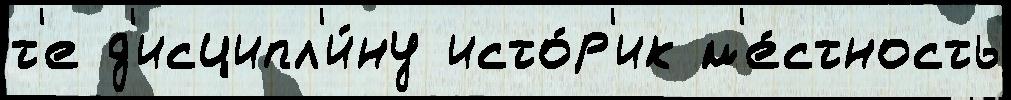
т'е д'исципл'и́ну исто́р'ик м'е́стность